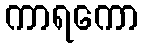
ကာရကော